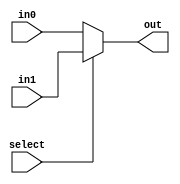
module mux_2_16bit(select,in0,in1,out);
	input select;
	input [15:0] in0, in1;
	output[15:0] out;
	assign out= select ? in1 : in0;
endmodule